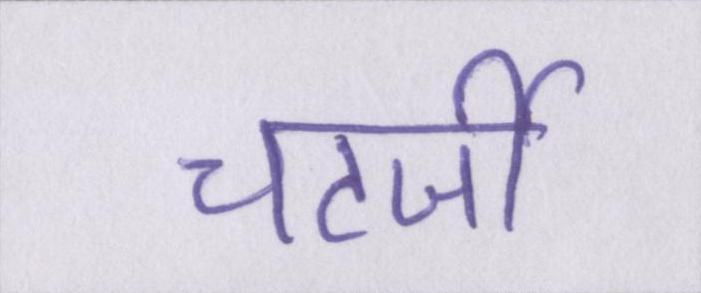
चटर्जी